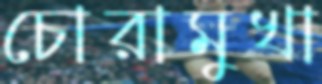
চোরামুখা